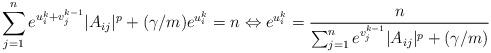
LaTeX: \begin{align*}\sum_{j = 1}^ne^{u_i^{k}+v^{k-1}_j}|A_{ij}|^p + (\gamma/m) e^{u_i^{k}}= n \Leftrightarrow e^{u_i^{k}} = \frac{n}{\sum_{j = 1}^ne^{v^{k-1}_j}|A_{ij}|^p + (\gamma/m)}\end{align*}